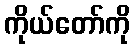
ကိုယ်တော်ကို